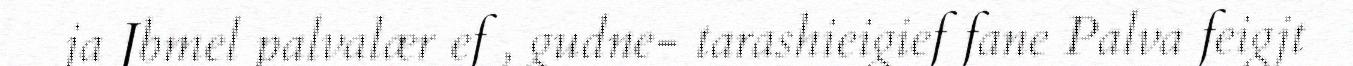
ja Jbmel palvalær ef , gudne- tarashieigief fane Palva feigjt